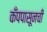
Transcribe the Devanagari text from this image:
कँपपासूनची